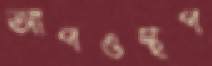
আপওস্থপ